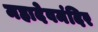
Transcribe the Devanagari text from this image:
महादेवमंदिर